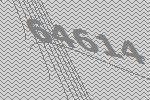
64614